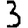
Digit: 3